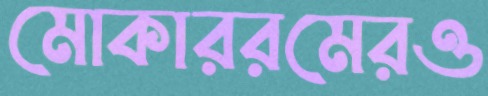
মোকাররমেরও